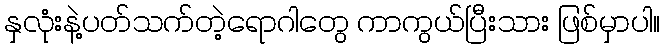
နှလုံးနဲ့ပတ်သက်တဲ့ရောဂါတွေ ကာကွယ်ပြီးသား ဖြစ်မှာပါ။